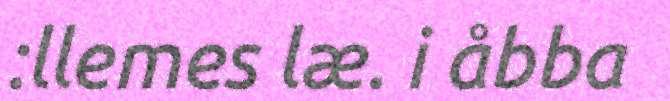
:llemes læ. i åbba